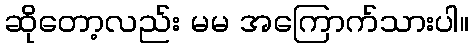
ဆိုတော့လည်း မမ အကြောက်သားပါ။